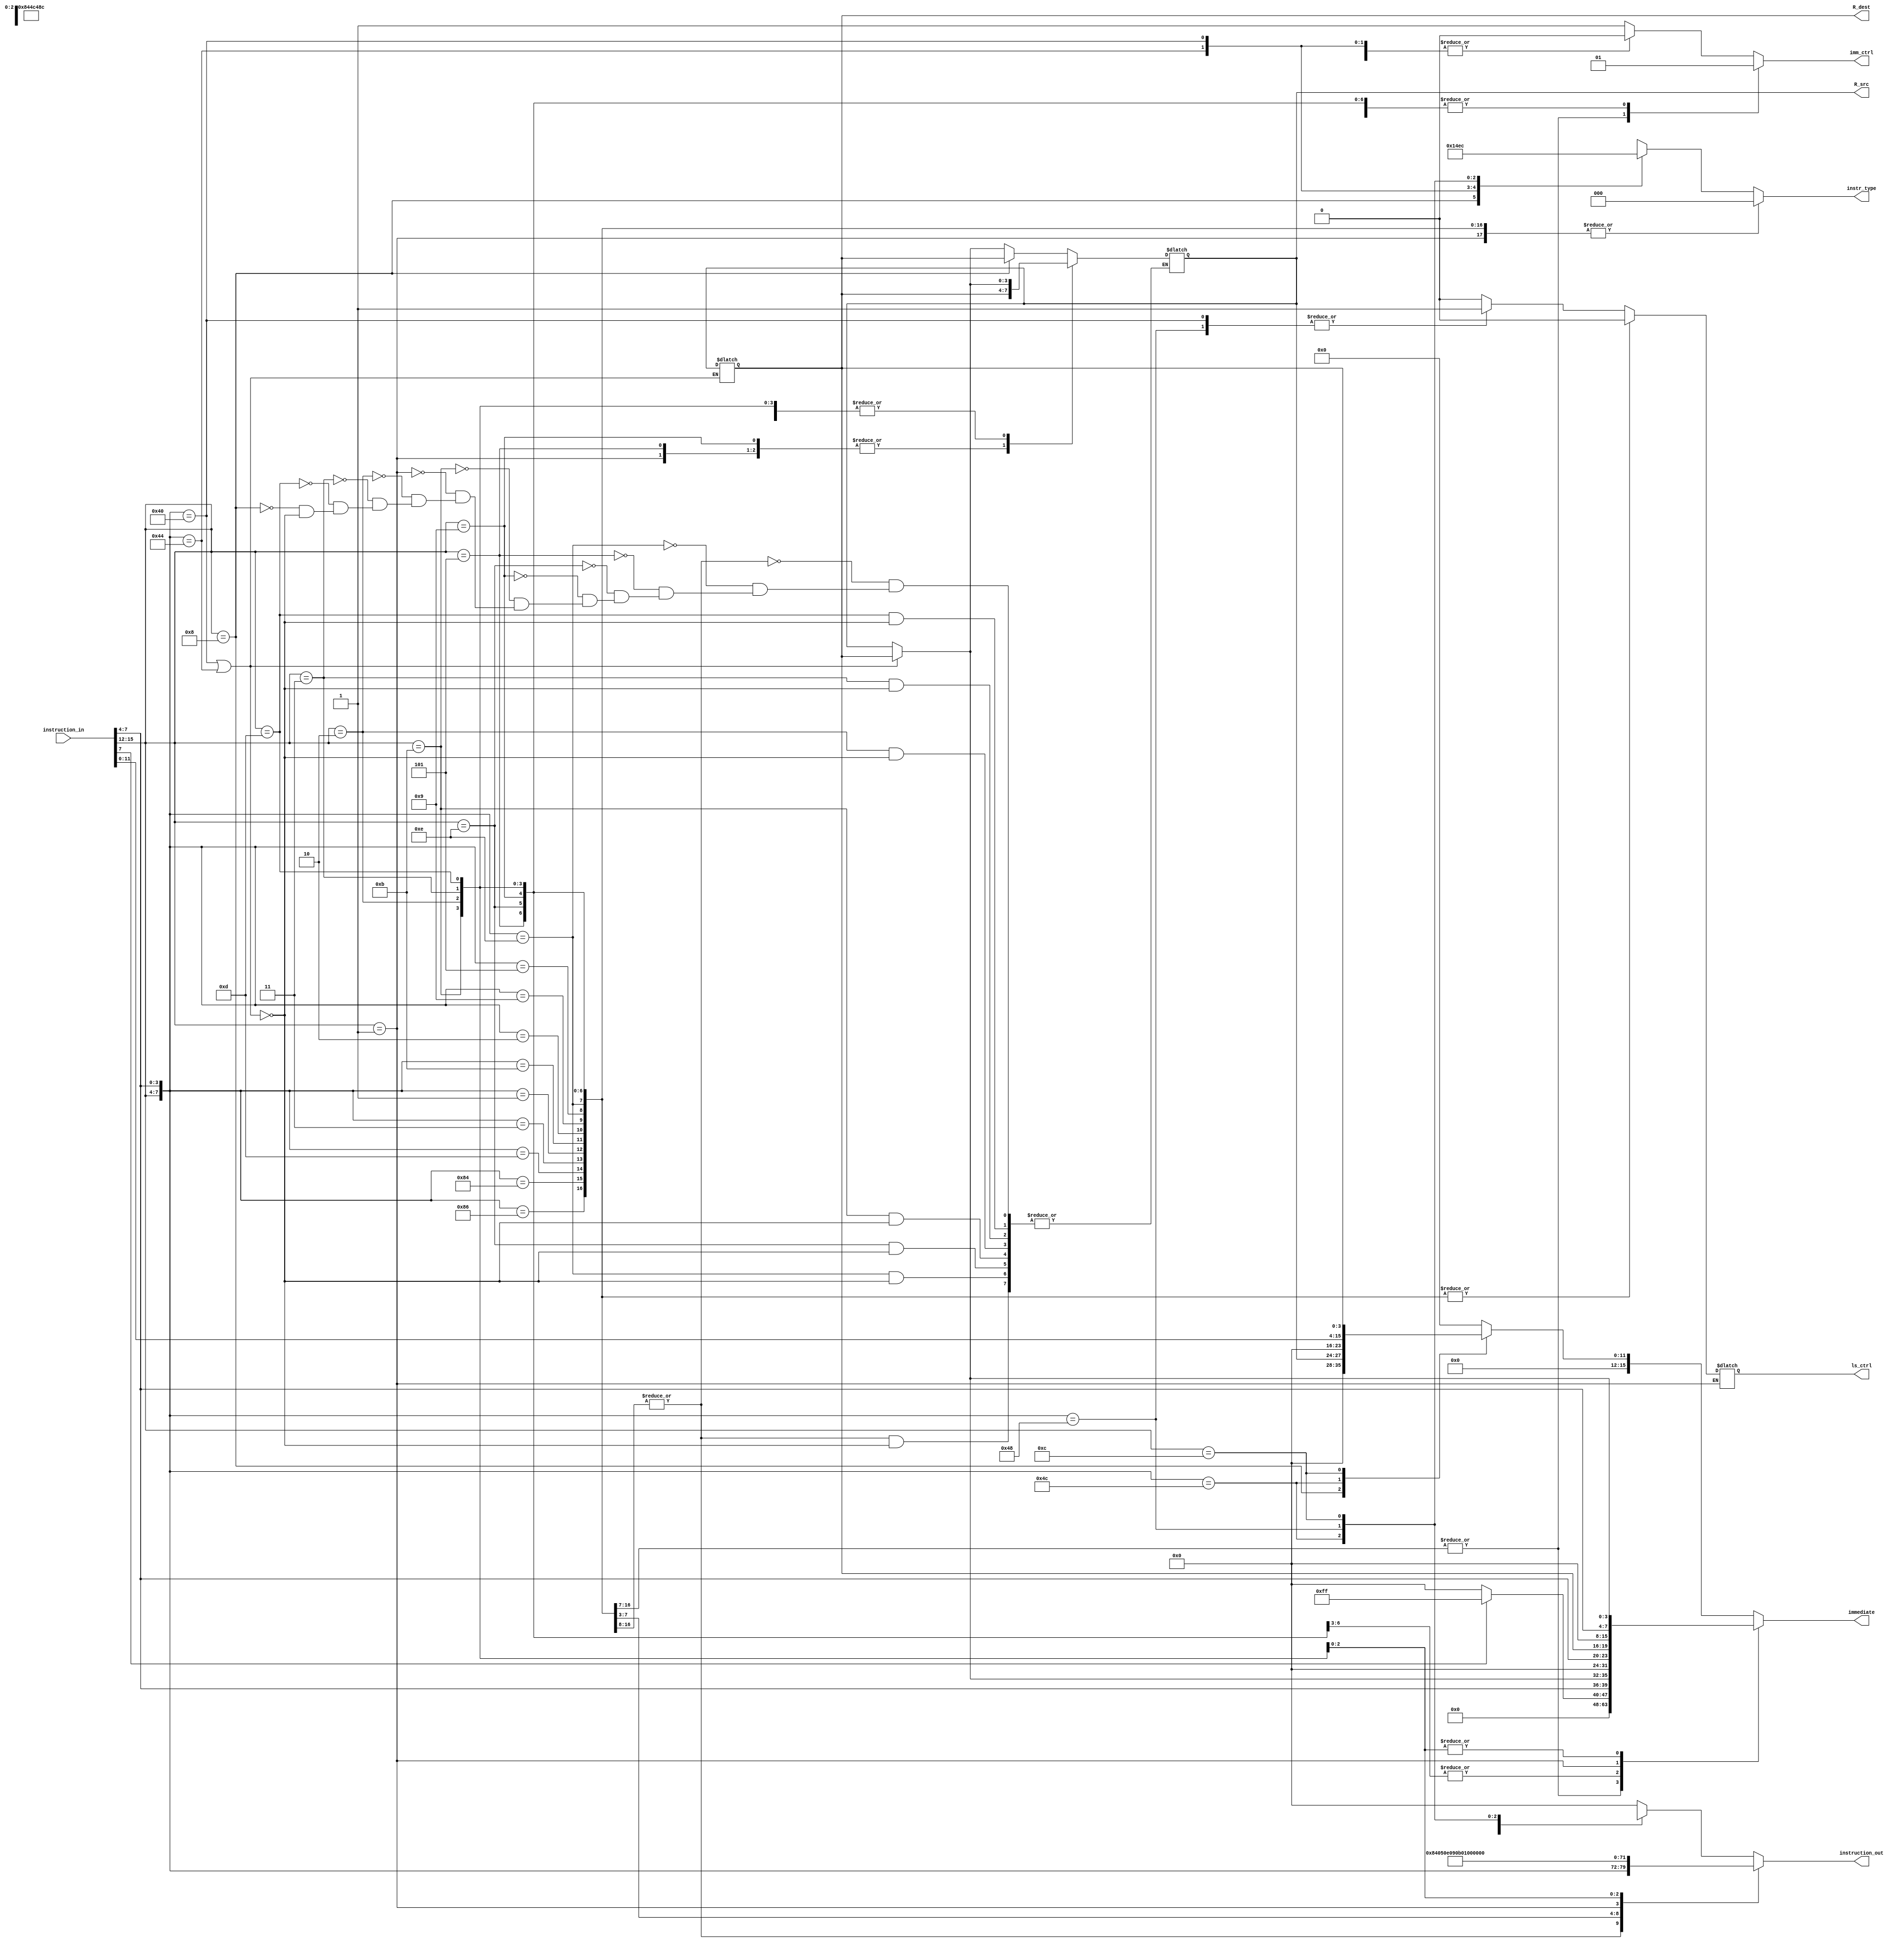
module controle_decode(instruction_in, instruction_out, R_dest, R_src, immediate, imm_ctrl, instr_type, ls_ctrl);

input [15:0] instruction_in;
output reg [15:0] immediate;
output reg [7:0] instruction_out;
output reg [3:0] R_src;
output reg [3:0] R_dest;
output reg imm_ctrl; //0 is register, 1 is immediate for imm_ctrl
output reg [2:0] instr_type; //00 is R-Type, 01 is STORE, 10 is LOAD
output reg ls_ctrl;

assign R_dest = instruction_in[11:8];
assign R_src = instruction_in[3:0];
reg [7:0] ipad;
wire [7:0] op = {instruction_in[15:12], instruction_in[7:4]};

parameter ADD = 	8'b00000101;
parameter SUB =   8'b00001001;
parameter MUL =   8'b00001110;
parameter OR = 	8'b00000010;
parameter CMP = 	8'b00001011;
parameter AND = 	8'b00000001;
parameter XOR = 	8'b00000011;
parameter MOV = 	8'b00001101;
parameter LSH = 	8'b10000100;
parameter ASHU = 	8'b10000110;
parameter ADDI =  8'b0101xxxx;
parameter MULI =  8'b1110xxxx;
parameter SUBI =  8'b1001xxxx;
parameter CMPI = 	8'b1011xxxx;
parameter ANDI = 	8'b0001xxxx;
parameter ORI = 	8'b0010xxxx;
parameter XORI = 	8'b0011xxxx;
parameter MOVI = 	8'b1101xxxx;
parameter LSHI = 	8'b1000xxxx;
parameter LUI = 	8'b1111xxxx;
parameter LOAD =  8'b01000000;
parameter JCOND = 8'b01001100;
parameter STORE = 8'b01000100;
parameter BCOND = 8'b1100xxxx;
parameter JAL =   8'b01001000;

always @(instruction_in, op, R_src, R_dest)
	begin 
		if(op == LOAD || op == STORE)
			begin
				R_src = instruction_in[11:8];
				R_dest = instruction_in[3:0];
			end
			
		casex(op)
			ADD, SUB, OR, CMP, AND, XOR, MOV, LSH, ASHU:
				begin		
					ls_ctrl = 0;
					instr_type = 3'b000;
					imm_ctrl = 0;
					instruction_out = op;
					ipad = 8'b00000000; 
					immediate = 16'b0000000000000000;
				end
				
			MUL:
				begin
					ls_ctrl = 0;
					instr_type = 3'b000;
					imm_ctrl = 0;
					instruction_out = LSH;
					ipad = 8'b00000000;
					immediate = 16'b0000000000000000;
				end
				
			ADDI:
				begin
					instruction_out = ADD;
					if(instruction_in[7] == 1)
						ipad = 8'b11111111;
					else
						ipad = 8'b00000000;
		
					ls_ctrl = 0;
					instr_type = 3'b000;
					imm_ctrl = 1;
					immediate = {ipad, instruction_in[7:4], R_src};
					R_src = instruction_in[11:8];
				end
			
			MULI:
				begin
					instruction_out = MUL;
					if(instruction_in[7] == 1)
						ipad = 8'b11111111;
					else
						ipad = 8'b00000000;
					
					ls_ctrl = 0;
					instr_type = 3'b000;
					imm_ctrl = 1;
					immediate = {ipad, instruction_in[7:4], R_src};
				end
				
			SUBI:
				begin
					instruction_out = SUB;
					if(instruction_in[7] == 1)
						ipad = 8'b11111111;
					else
						ipad = 8'b00000000;
						
					ls_ctrl = 0;
					instr_type = 3'b000;
					imm_ctrl = 1;
					immediate = {ipad, instruction_in[7:4], R_src};
					R_src = instruction_in[11:8];
				end
			
			CMPI:
				begin
					instruction_out = CMP;
					if(instruction_in[7] == 1)
						ipad = 8'b11111111;
					else
						ipad = 8'b00000000;
					
					ls_ctrl = 0;
					instr_type = 3'b000;
					imm_ctrl = 1;
					immediate = {ipad, instruction_in[7:4], R_src};
					
				end
				
			ANDI:
				begin
					imm_ctrl = 1;
					instr_type = 3'b000;
					R_src = instruction_in[11:8];
					instruction_out = AND;
					ipad = 8'b00000000;
					immediate = {ipad, instruction_in[7:4], R_src};
				end
			
			ORI:
				begin
					imm_ctrl = 1;
					instr_type = 3'b000;
					ls_ctrl = 0;
					instruction_out = OR;
					ipad = 8'b00000000;
					immediate = {ipad, instruction_in[7:4], R_src};
				end
			
			XORI:
				begin
					imm_ctrl = 1;
					instr_type = 3'b000;
					ls_ctrl = 0;
					instruction_out = XOR;
					ipad = 8'b00000000;
					immediate = {ipad, instruction_in[7:4], R_src};
				end
				
			MOVI:
				begin
					ls_ctrl = 0;
					instr_type = 3'b000;
					imm_ctrl = 1;
					instruction_out = MOV;
					ipad = 8'b00000000;
					immediate = {ipad, instruction_in[7:4], R_src};
				end
				
			LSHI:
				begin
					imm_ctrl = 1;
					instr_type = 3'b000;
					ls_ctrl = 0;
					instruction_out = LSH;
					R_src = instruction_in[11:8];
					ipad = 8'b00000000;
					immediate = {ipad, 4'b0000, instruction_in[3:0]};
				end
				
			STORE:
				begin
					imm_ctrl = 0;
					instr_type = 3'b001;
					ls_ctrl = 0;
					instruction_out = 8'b00000000;
					ipad = 8'b00000000;
					immediate = 16'b0000000000000000;
				end
				
			LOAD:
				begin
					imm_ctrl = 0;
					instr_type = 3'b010;
					ls_ctrl = 1;
					instruction_out = 8'b00000000;
					ipad = 8'b00000000;
					immediate = 16'b0000000000000000;
				end
				
				
				//Jump conditional
		  JCOND: begin
						ls_ctrl = 0;
						instr_type = 3'b011;
						imm_ctrl = 0;
						instruction_out = JCOND;
						ipad = 8'b00000000;
						immediate = {12'b000000000000, instruction_in[11:8]}; // cond
					end	
			//Jump and link		
		  JAL: begin
					imm_ctrl = 0;
					instr_type = 3'b101;
					ls_ctrl = 1;
					instruction_out = JAL;
					ipad = 8'b00000000;
					immediate = 16'b0000000000000000;
				end
		 //Branch unconditional
		  BCOND: begin
						ls_ctrl = 0;
						instr_type = 3'b100;
						imm_ctrl = 0;
						instruction_out = BCOND;
						ipad = 8'b00000000;
						immediate = {4'b0000,instruction_in[7:0],instruction_in[11:8]}; // cond
					end
			default:
				begin
					imm_ctrl = 1;
					instr_type = 3'bxxx;
					ls_ctrl = 0;
					instruction_out = 8'b00000000;
					ipad = 8'b00000000;
					immediate = 16'b0000000000000000;
				end
		endcase
	end

endmodule